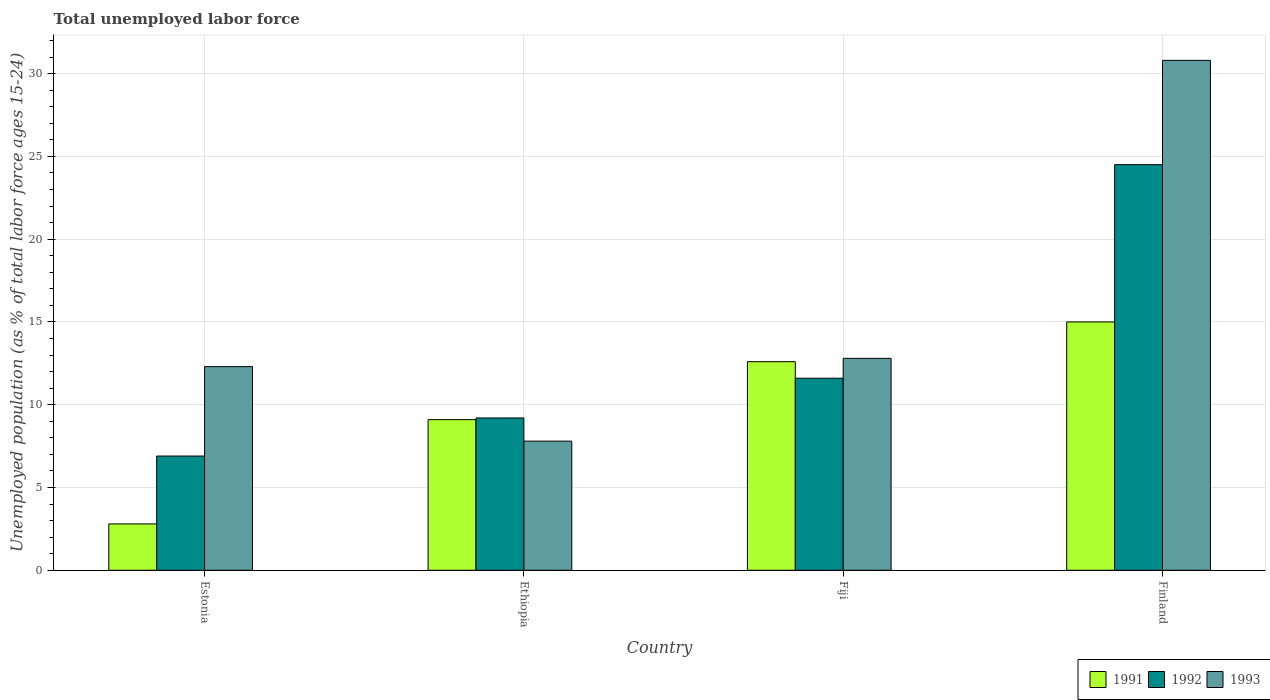
| Country | 1991 | 1992 | 1993 |
 | --- | --- | --- | --- |
 | Estonia | 2.8 | 6.9 | 12.3 |
 | Ethiopia | 9.1 | 9.2 | 7.8 |
 | Fiji | 12.6 | 11.6 | 12.8 |
 | Finland | 15 | 24.5 | 30.8 |